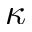
\kappa